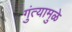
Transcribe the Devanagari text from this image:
गुंत्यामुळे